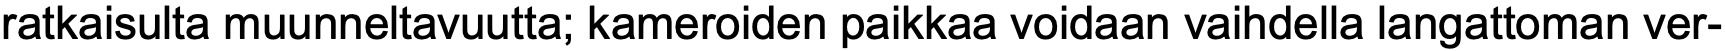
ratkaisulta muunneltavuutta; kameroiden paikkaa voidaan vaihdella langattoman ver-